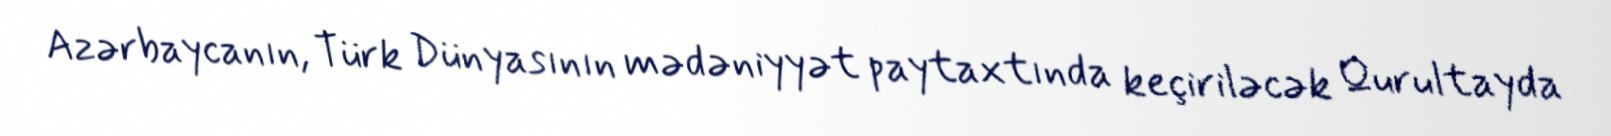
Azərbaycanın, Türk Dünyasının mədəniyyət paytaxtında keçiriləcək Qurultayda